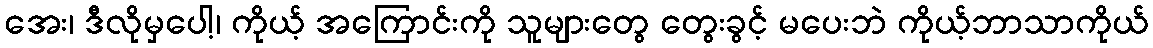
အေး၊ ဒီလိုမှပေါ့၊ ကိုယ့် အကြောင်းကို သူများတွေ တွေးခွင့် မပေးဘဲ ကိုယ့်ဘာသာကိုယ်